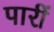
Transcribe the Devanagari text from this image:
पारीं